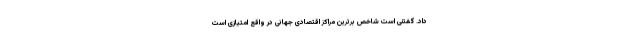
داد. گفتنی است شاخص برترین مراکز اقتصادی جهانی در واقع امتیازی است